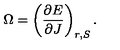
\Omega = \left( \frac { \partial E } { \partial J } \right) _ { r , S } .